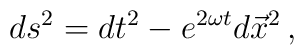
ds^{2}=dt^2 - e^{2\omega t} d\vec{x}^2\,,